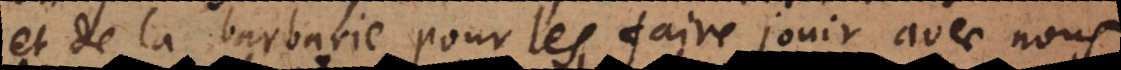
et de la barbarie pour les faire jouir avec nous